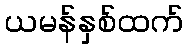
ယမန်နှစ်ထက်